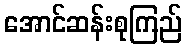
အောင်ဆန်းစုကြည်